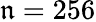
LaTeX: \mathfrak{n}=256